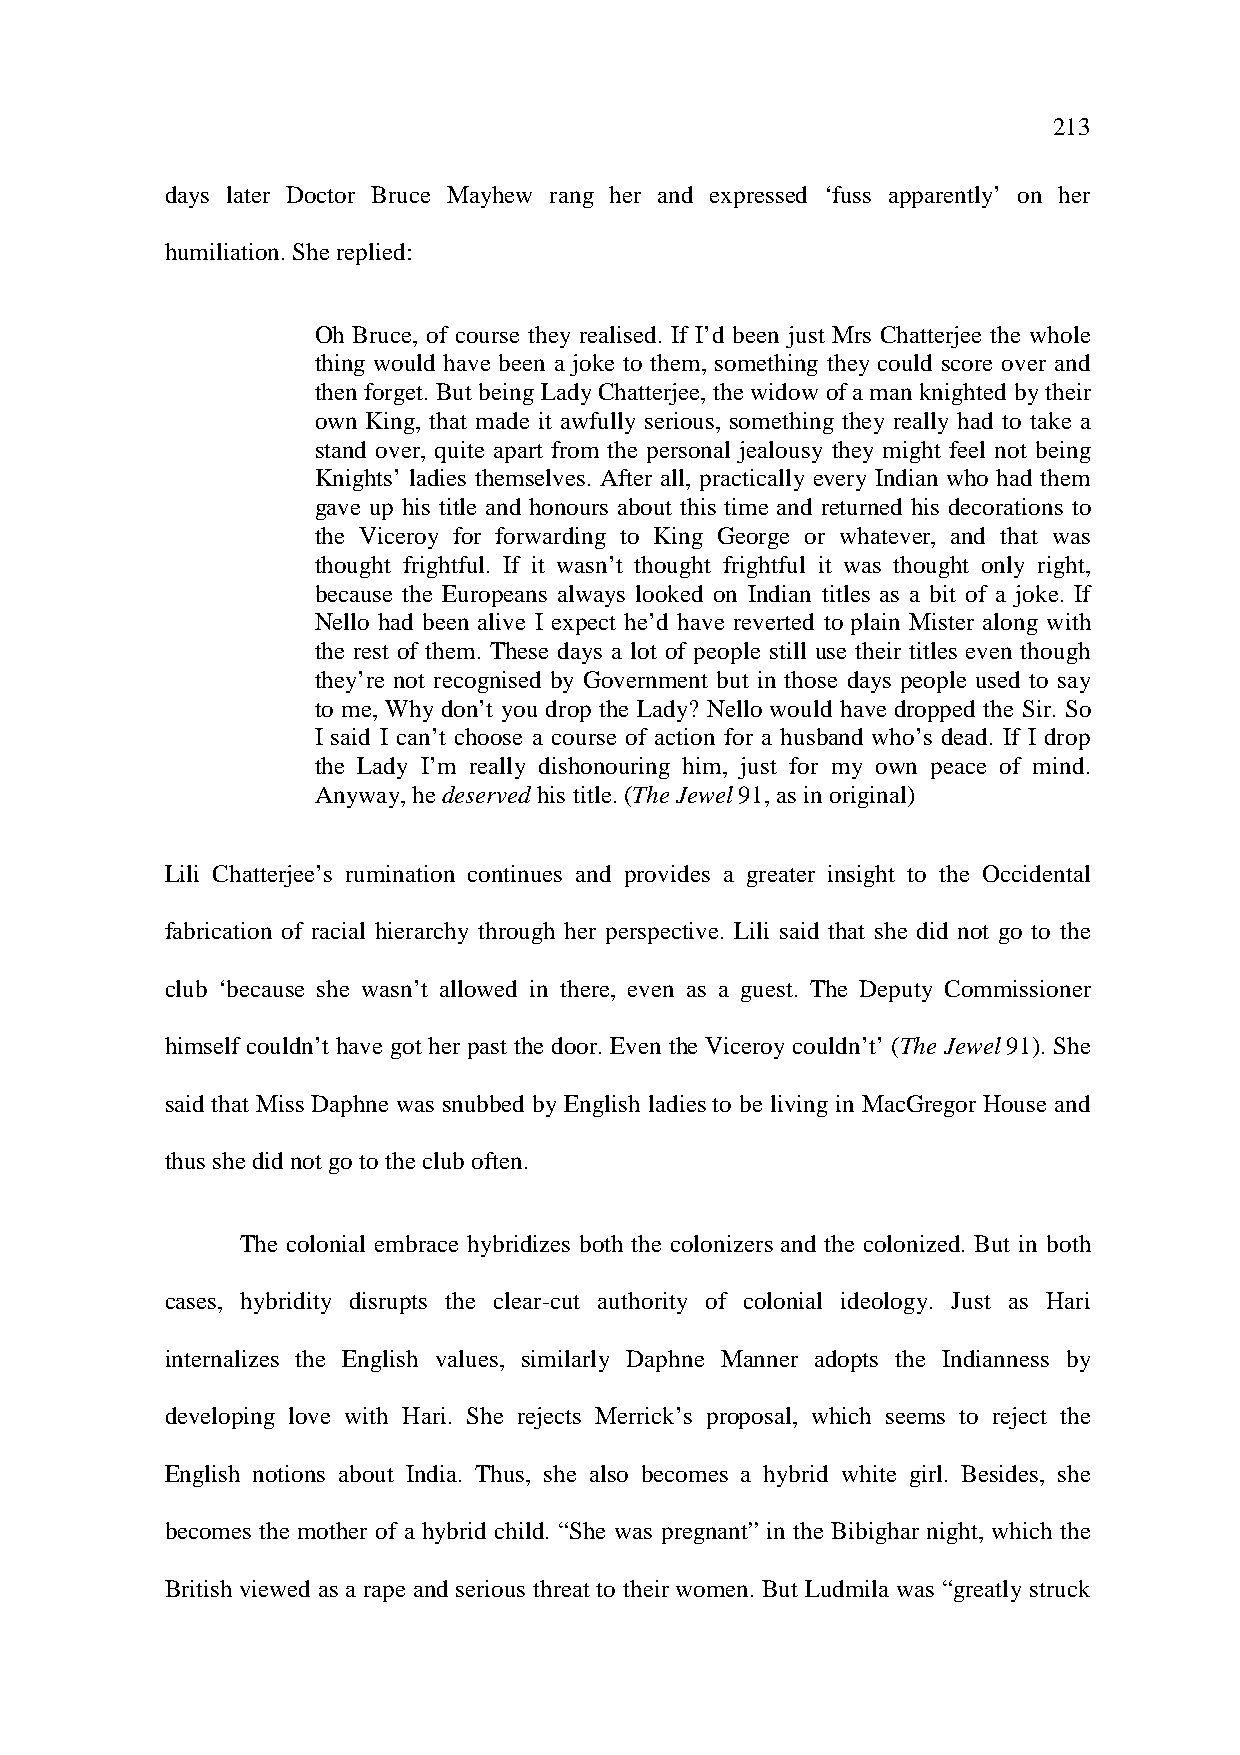
213
 days later Doctor Bruce Mayhew rang her and expressed ‘fuss apparently’ on her
 humiliation. She replied:
 Oh Bruce, of course they realised. If I’d been just Mrs Chatterjee the whole
 thing would have been a joke to them, something they could score over and
 then forget. But being Lady Chatterjee, the widow of a man knighted by their
 own King, that made it awfully serious, something they really had to take a
 stand over, quite apart from the personal jealousy they might feel not being
 Knights’ ladies themselves. After all, practically every Indian who had them
 gave up his title and honours about this time and returned his decorations to
 the Viceroy for forwarding to King George or whatever, and that was
 thought frightful. If it wasn’t thought frightful it was thought only right,
 because the Europeans always looked on Indian titles as a bit of a joke. If
 Nello had been alive I expect he’d have reverted to plain Mister along with
 the rest of them. These days a lot of people still use their titles even though
 they’re not recognised by Government but in those days people used to say
 to me, Why don’t you drop the Lady? Nello would have dropped the Sir. So
 I said I can’t choose a course of action for a husband who’s dead. If I drop
 the Lady I’m really dishonouring him, just for my own peace of mind.
 Anyway, he deserved his title. (The Jewel 91, as in original)
 Lili Chatterjee’s rumination continues and provides a greater insight to the Occidental
 fabrication of racial hierarchy through her perspective. Lili said that she did not go to the
 club ‘because she wasn’t allowed in there, even as a guest. The Deputy Commissioner
 himself couldn’t have got her past the door. Even the Viceroy couldn’t’ (The Jewel 91). She
 said that Miss Daphne was snubbed by English ladies to be living in MacGregor House and
 thus she did not go to the club often.
 The colonial embrace hybridizes both the colonizers and the colonized. But in both
 cases, hybridity disrupts the clear-cut authority of colonial ideology. Just as Hari
 internalizes the English values, similarly Daphne Manner adopts the Indianness by
 developing love with Hari. She rejects Merrick’s proposal, which seems to reject the
 English notions about India. Thus, she also becomes a hybrid white girl. Besides, she
 becomes the mother of a hybrid child. “She was pregnant” in the Bibighar night, which the
 British viewed as a rape and serious threat to their women. But Ludmila was “greatly struck